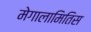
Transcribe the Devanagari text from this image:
मेगालामितिस